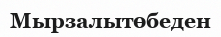
Мырзалытөбеден